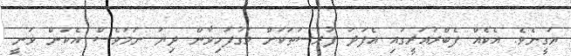
ޔަގީނެވެ. އެކެއް ފެބްރުއަރީގައި އެފަދަ ފުރުސަތަކަށް މަގުފަހިވާން ދިޔަ ނަމަވެސް އެކަން ވަނީ